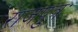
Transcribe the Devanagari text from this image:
राजपुत्रः